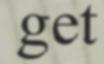
get